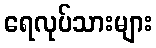
ရေလုပ်သားများ